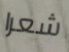
شعرا